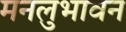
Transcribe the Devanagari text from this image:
मनलुभावन